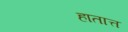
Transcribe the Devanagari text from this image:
हातात्त